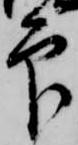
印